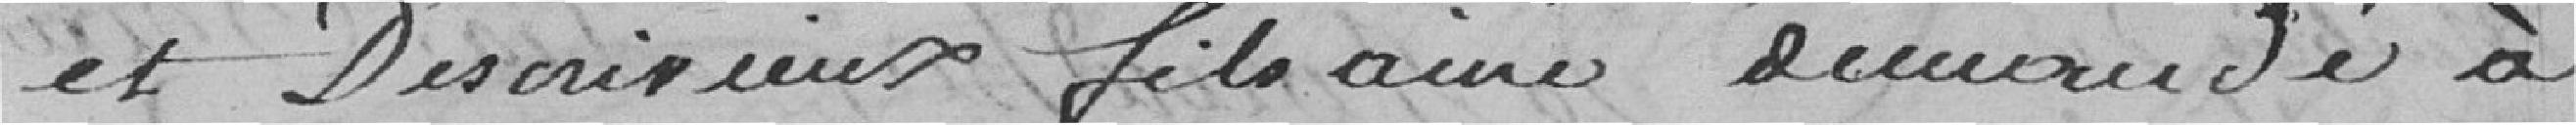
et Descrivieux fils ainé demandé à